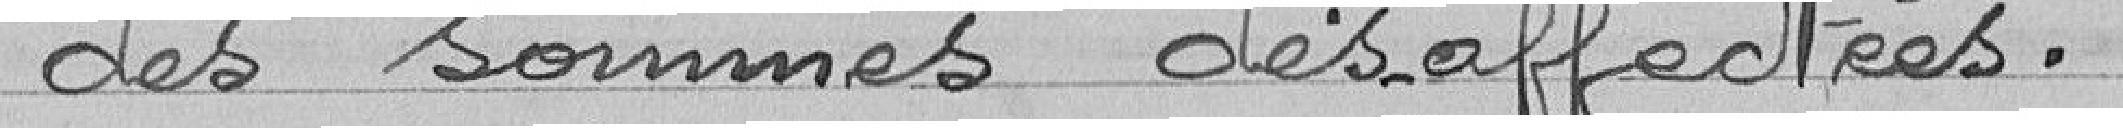
des sommes désaffectées.